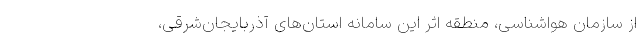
از سازمان هواشناسی، ‌منطقه اثر این سامانه استان‌های آذربایجان‌شرقی،